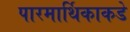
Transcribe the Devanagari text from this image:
पारमार्थिकाकडे